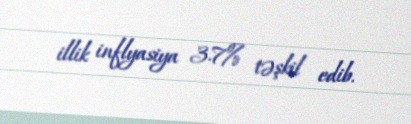
illik inflyasiya 3.7% təşkil edib.